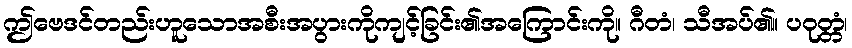
ဤဗေဒင်တည်းဟူသောအစီးအပွားကိုကျင့်ခြင်း၏အကြောင်းကို။ ဂီတံ၊ သီအပ်၏။ ပဝုတ္တံ၊